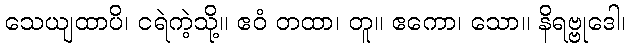
သေယျထာပိ၊ ငရဲကဲ့သို့။ ဧဝံ တထာ၊ တူ။ ဧကော၊ သော။ နိရဗ္ဗုဒေါ၊